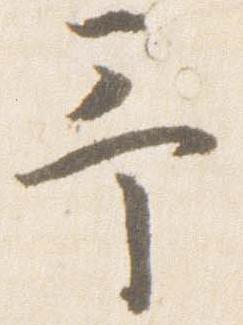
予